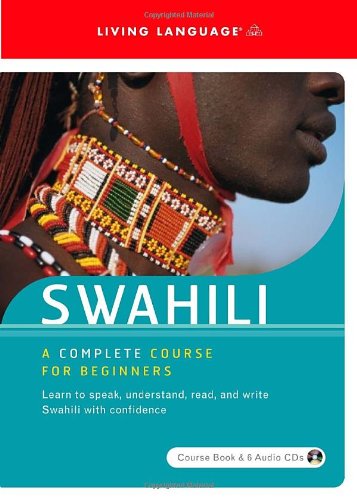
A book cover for Swahili: A Complete Course for Beginners (Spoken World) (Book & CD); Living Language; Reference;